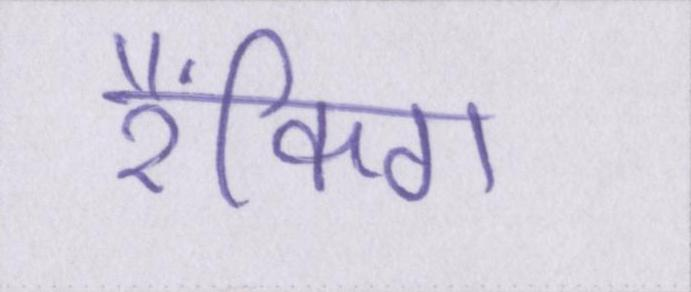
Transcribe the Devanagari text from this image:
रैंकिग